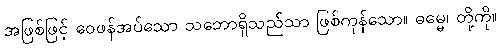
အဖြစ်ဖြင့် ဝေဖန်အပ်သော သဘောရှိသည်သာ ဖြစ်ကုန်သော။ ဓမ္မေ၊ တို့ကို။